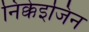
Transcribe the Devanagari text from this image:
निक्केइजिन